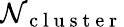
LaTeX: \mathcal{N}_{\mathrm{{~c~l~u~s~t~e~r~}}}